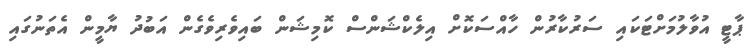
ޕާޓީ އުވާލުމަށްޓަކައި ސަރުކާރުން ހާއްސަކޮށް އިލެކްޝަންސް ކޮމިޝަން ބައިވެރިވެގެން އަބުދު ޔާމީން އެތަނުގައި